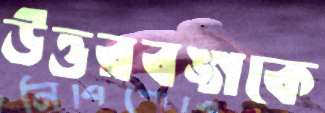
উত্তরবঙ্গকে